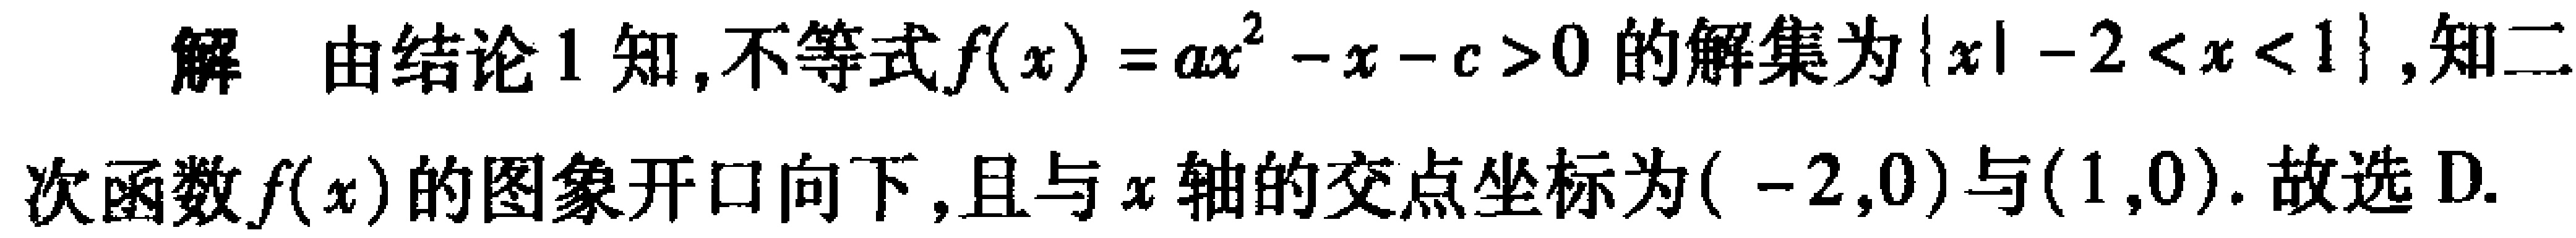
解 由结论 1 知,不等式\(f(x)=ax^{2}-x - c>0\)的解集为\(\{x\mid - 2<x<1\}\),知二次函数\(f(x)\)的图象开口向下,且与\(x\)轴的交点坐标为\(( - 2,0)\)与\((1,0)\). 故选 D.